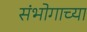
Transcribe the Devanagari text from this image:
संभोगाच्या